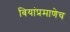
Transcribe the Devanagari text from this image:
बियांप्रमाणेच